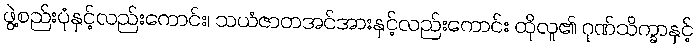
ဖွဲ့စည်းပုံနှင့်လည်းကောင်း၊ သယံဇာတအင်အားနှင့်လည်းကောင်း ထိုလူ၏ ဂုဏ်သိက္ခာနှင့်